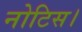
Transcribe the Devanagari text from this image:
नोटिस।